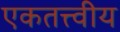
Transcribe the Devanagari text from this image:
एकतत्त्वीय